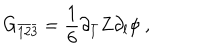
LaTeX: G _ { \bar { 1 } \bar { 2 } \bar { 3 } } = \frac { 1 } { 6 } \partial _ { \bar { l } } Z \partial _ { l } \phi \ ,